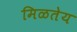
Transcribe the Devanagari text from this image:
मिळतेय